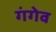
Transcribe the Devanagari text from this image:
गंगेव